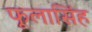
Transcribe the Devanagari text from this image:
फूलासिंह